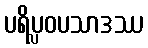
ပရိပ္လဝပသာဒဿ